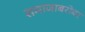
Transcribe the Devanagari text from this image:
समाजाबरोबर